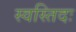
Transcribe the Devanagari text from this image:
स्वस्तिदः